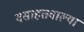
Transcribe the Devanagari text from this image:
वसाहतवाल्या